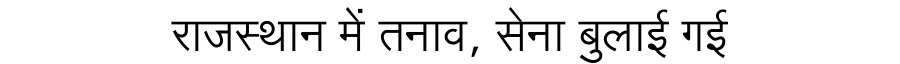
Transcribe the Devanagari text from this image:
राजस्थान में तनाव, सेना बुलाई गई